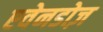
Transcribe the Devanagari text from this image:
एवेनडोज़